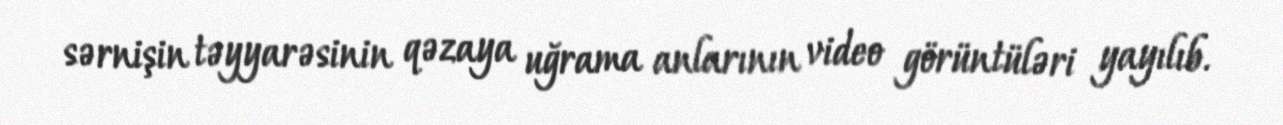
sərnişin təyyarəsinin qəzaya uğrama anlarının video görüntüləri yayılıb.